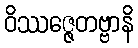
ဝိဿဇ္ဇေတဗ္ဗာနိ